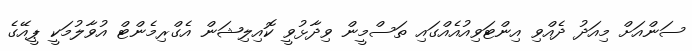
ސަންއަށް މިއަދު ދެއްވި އިންޓަވިއުއެއްގައި ތަސްމީން ވިދާޅުވީ ކޮއިލިޝަން އެގްރިމެންޓް އުވާލުމަކީ ޕީއޭގެ